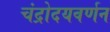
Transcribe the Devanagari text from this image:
चंद्रोदयवर्णन